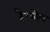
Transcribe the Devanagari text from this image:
है।सेंटर